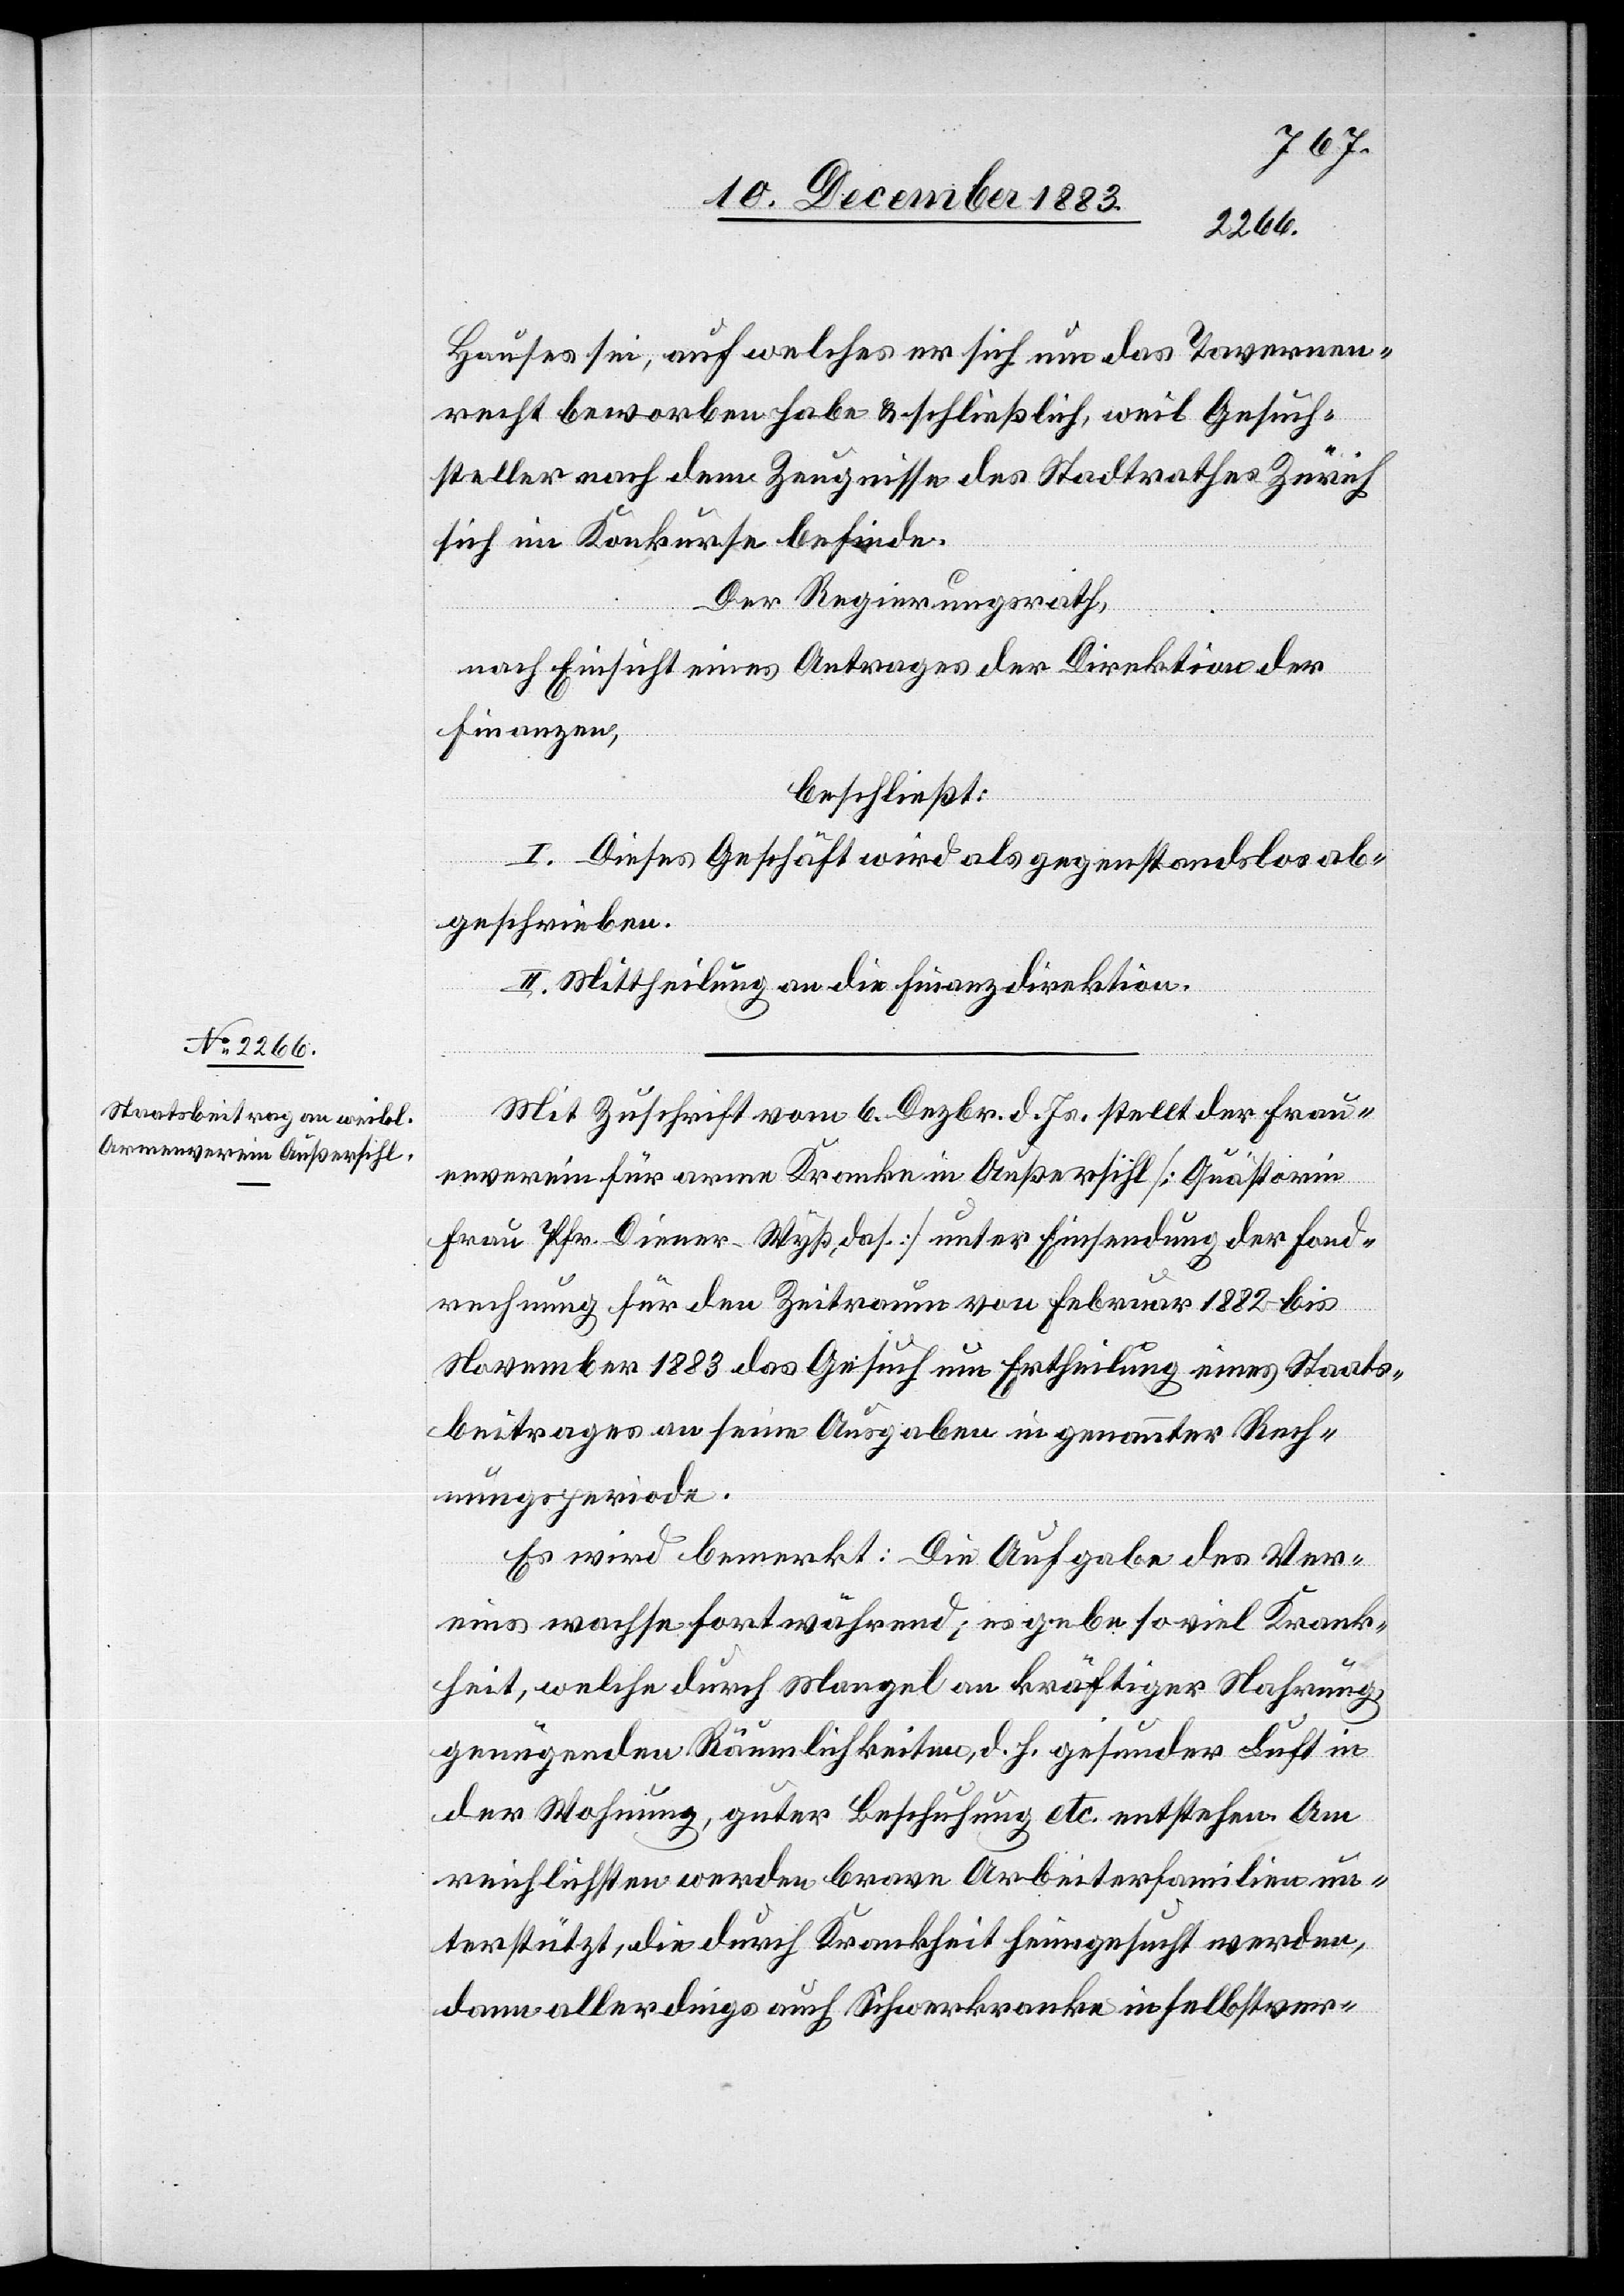
Hauses sei, auf welches er sich nun das Tavernen¬
recht beworben habe & schließlich, weil Gesuch¬
steller nach dem Zeugnisse des Stadtrathes Zürich
sich im Konkurse befinde.
Der Regierungsrath,
nach Einsicht eines Antrages der Direktion der
Finanzen,
beschließt:
I. Dieses Geschäft wird als gegenstandslos ab¬
geschrieben.
II. Mittheilung an die Finanzdirektion.
Mit Zuschrift vom 6. Dezbr. d. Js. stellt der Frau¬
enverein für arme Kranke in Außersihl [Quästorin
Frau Pfr. Diener-Wyß, das.] unter Einsendung der Fond¬
rechnung für den Zeitraum von Februar 1882 bis
November 1883 das Gesuch um Ertheilung eines Staats¬
beitrages an seine Ausgaben in genannter Rech¬
nungsperiode.
Es wird bemerkt: Die Aufgabe des Ver¬
eins wachse fortwährend; es gebe so viel Krank¬
heit, welche durch Mangel an kräftiger Nahrung
genügenden Räumlichkeiten, d. h. gesunder Luft in
der Wohnung, guter Beschuhung etc. entstehen. Am
reichlichsten werden brave Arbeiterfamilien un¬
terstützt, die durch Krankheit heimgesucht werden,
dann allerdings auch Schwerkranke in selbstver-